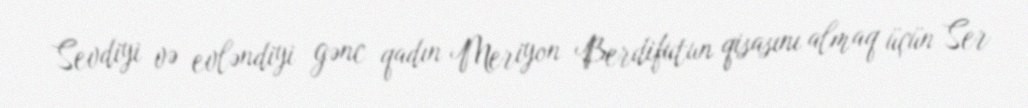
Sevdiyi və evləndiyi gənc qadın Meriyon Berdifutun qisasını almaq üçün Ser